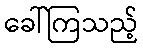
ခေါ်ကြသည့်